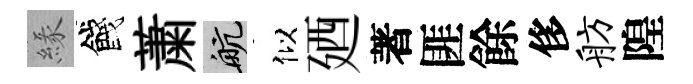
緣餞䔥航似廼著匪餘侈舫隍